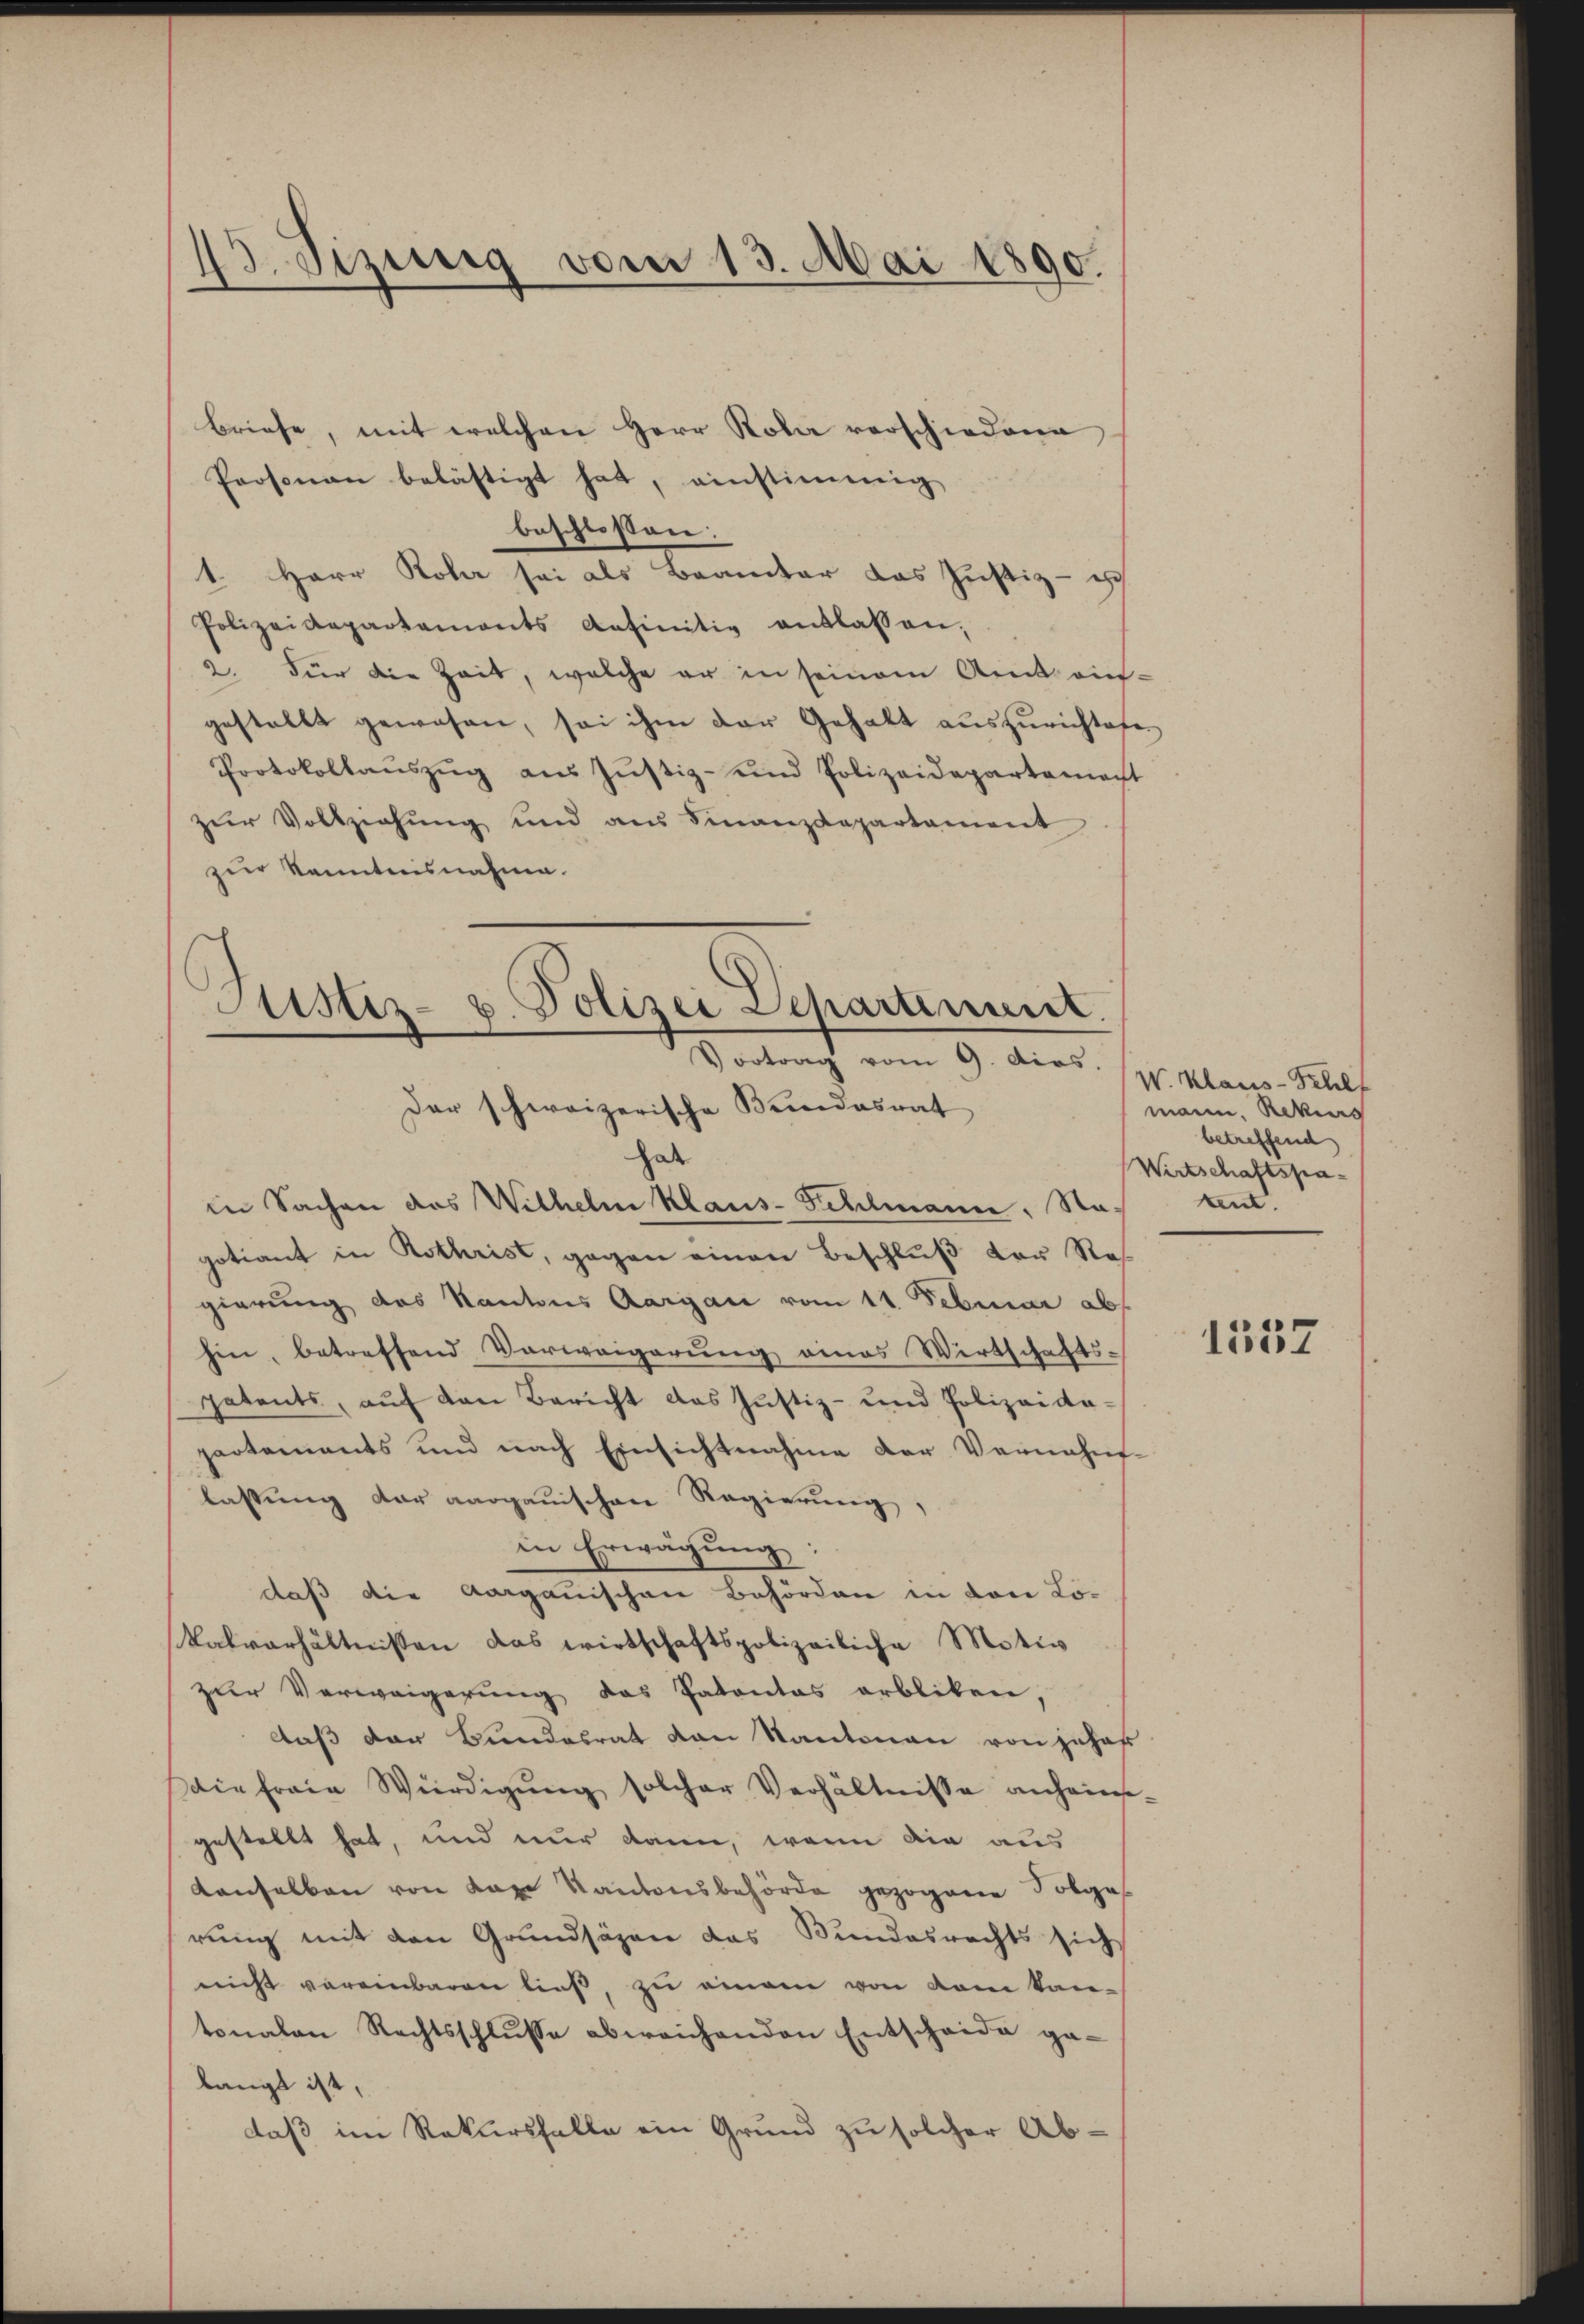
Asizung vom 13. Mai 1890.

Briefe, mit welchen Herr Rola verschiedene
Personen belästigt hat, einstimmig
beschlossen:
1. Herr Rohr sei als Beamter das Justiz - ich
Polizeidepartaments definitiv entlassen,
2. Für die Zeit, welche er in seinem Amt ein-
gestellt gewesen, sei ihm der Gehalt auszurichteten
Protokollaŭszŭg aŭs Jŭstiz- und Polizeidepartement
zur Vollziehung und aus Finanzdepartament
zur Kenntnisnahme.

Justiz- u. Polizei Departement.
) Betrag vom 9. dios.
Der schweizerische Bundesrat
hab

in Sachen das Wilhelm Klaus- Fehlmann, Nagotiant in Rothrist, gegen einen Beschluß der Regierung des Kantons Aargau vom 11. Februar ab
hin, betreffend Vorweigerung eines Wirtschaftspatents, auf den Bericht das Justiz- und Polizeida-
partements und nach Einsichtnahme der Vernahms-
lassung der aargauischen Regierung,
in Erwägung:
daß die Aargauischen Behörden in den Lokalverhältnissen das wirtschaftspolizeiliche Motiv
zur Verweigerung das Patentas arbliken,
laß der Bundesrat von Kantonen von jeher
die fraie Würdigung solcher Verhältnisse anheimgestellt hat, und nur dann, wenn die aus
Kanselben von Lage Kantonsbehörde gezogene Solgas
rung mit den Grundsäzen das Bundesrechts sich
nicht vereinbaren ließ, zu einem von vom kan-
tonalen Rechtsschlusse abweichenden Entscheide gelangt ist,
daß im Rekursfalle ein Grund zu solcher Ab¬

W. Klaus-Schif
mann, Rekurs
betreffend
Wirtschaftspaten.

1557